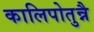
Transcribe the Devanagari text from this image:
कालिपोतुन्नै